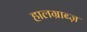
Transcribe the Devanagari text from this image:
हालग्राब्ज़